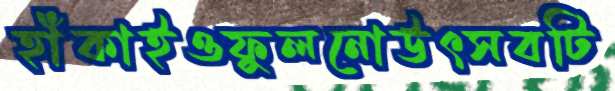
হাঁকাইওফুলনোউৎসবটি